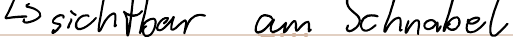
-> sichtbar am Schnabel